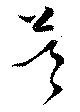
酋